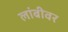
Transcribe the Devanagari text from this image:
लांबीवर